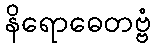
နိရောဓေတဗ္ဗံ